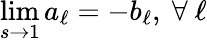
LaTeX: \operatorname*{lim}_{s\rightarrow 1}a_{\ell}=-b_{\ell},~\forall~\ell